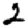
Digit: 2